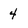
Character: 4